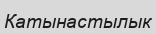
Катынастылык